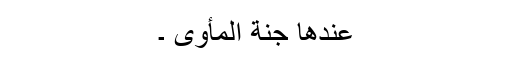
عِندَھا جَنَّةُ الْمَأْوَی ۔